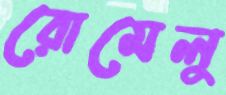
রোমেলু